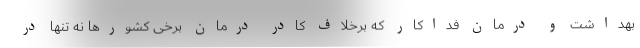
بهداشت و درمان فداکار که برخلاف کادر درمان برخی کشورها نه تنها در